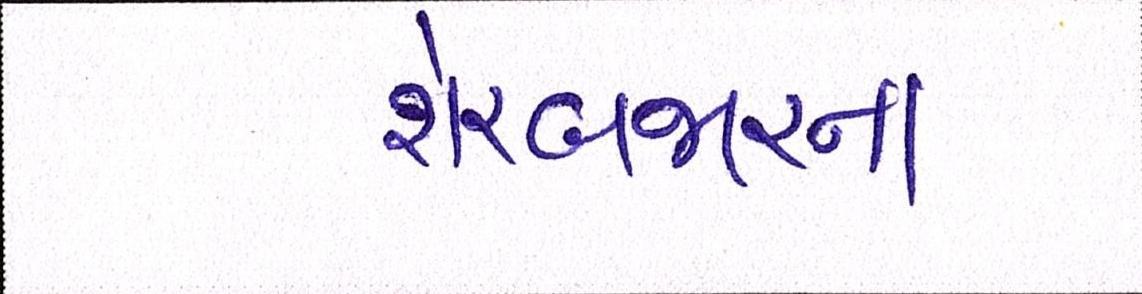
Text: શેરબજારના